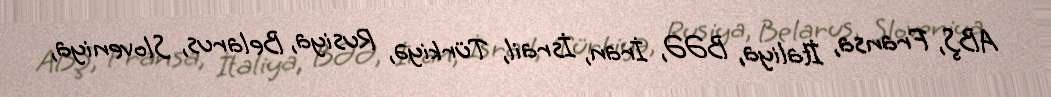
ABŞ, Fransa, İtaliya, BƏƏ, İran, İsrail, Türkiyə, Rusiya, Belarus, Sloveniya,